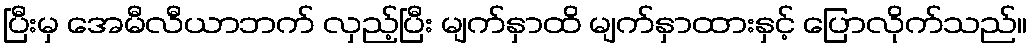
ပြီးမှ အေမီလီယာဘက် လှည့်ပြီး မျက်နှာထိ မျက်နှာထားနှင့် ပြောလိုက်သည်။